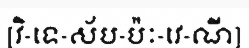
[វិ-ទេ-ស័ប-ប៉ៈ-វេ-ណី]